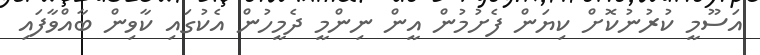
އަސޫމީ ކުރުނުކޮށް ކިޔަން ފެށުމުން އީން ނިންމީ ދެމީހުން އެކުގައި ކާވިން ބާއްވާފައި